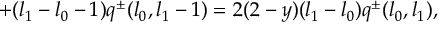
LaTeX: + ( l _ { 1 } - l _ { 0 } - 1 ) q ^ { \pm } ( l _ { 0 } , l _ { 1 } - 1 ) = 2 ( 2 - y ) ( l _ { 1 } - l _ { 0 } ) q ^ { \pm } ( l _ { 0 } , l _ { 1 } ) ,